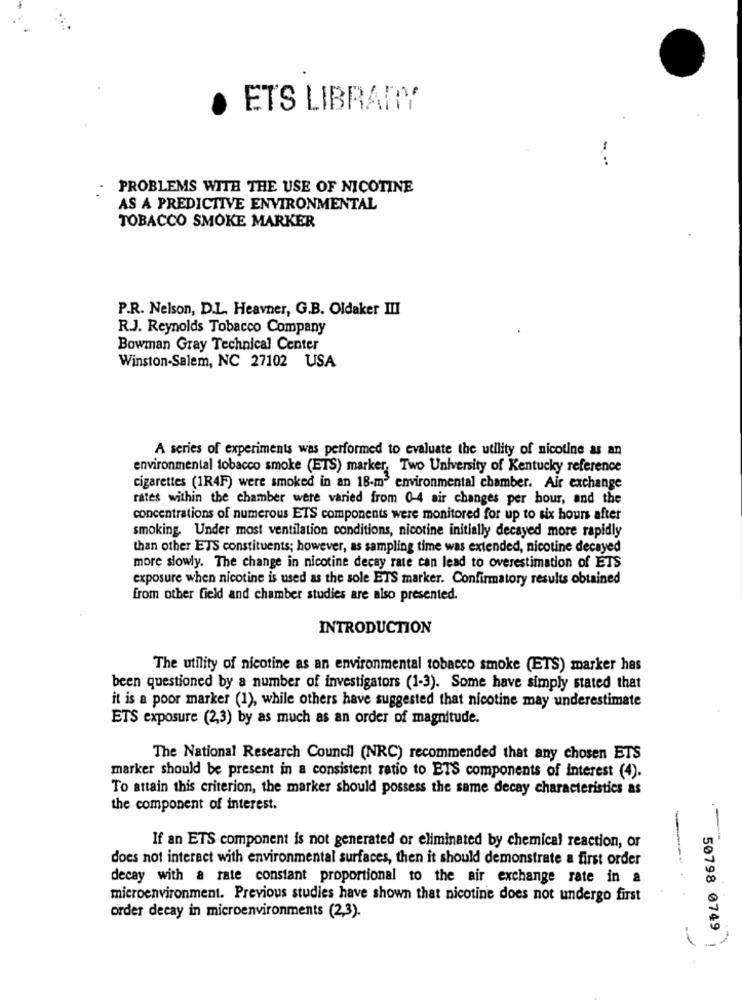
.
ETS LIBRARY
PROBLEMS WITH THE USE OF NICOTINE
AS A PREDICTIVE ENVIRONMENTAL
TOBACCO SMOKE MARKER
P.R. Nelson, D.L. Heavner, G.B. Oldaker III
R.J. Reynolds Tobacco Company
Bowman Gray Technical Center
Winston-Salem, NC 27102 USA
A series of experiments was performed to evaluate the utility of nicotine as an
environmental tobacco smoke (ETS) marker, Two University of Kentucky reference
cigarettes (1R4F) were smoked in an 18-m3 environmental chamber. Air exchange
rates within the chamber were varied from 0-4 air changes per hour, and the
concentrations of numerous ETS components were monitored for up to six hours after
smoking. Under most ventilation conditions, nicotine initially decayed more rapidly
than other ETS constituents; however, as sampling time was extended, nicotine decayed
more slowly. The change in nicotine decay rate can lead to overestimation of ETS
exposure when nicotine is used as the sole ETS marker. Confirmatory results obtained
from other field and chamber studies are also presented.
INTRODUCTION
The utility of nicotine as an environmental tobacco smoke (ETS) marker has
been questioned by a number of investigators (1-3). Some have simply stated that
it is a poor marker (1), while others have suggested that nicotine may underestimate
ETS exposure (2,3) by as much as an order of magnitude.
The National Research Council (NRC) recommended that any chosen ETS
marker should be present in a consistent ratio to ETS components of interest (4).
To attain this criterion, the marker should possess the same decay characteristics as
the component of interest.
If an ETS component is not generated or eliminated by chemical reaction, or
does not interact with environmental surfaces, then it should demonstrate a first order
decay with a rate constant proportional to the air exchange rate in a
microenvironment. Previous studies have shown that nicotine does not undergo first
order decay in microenvironments (2,3).
50798 0749